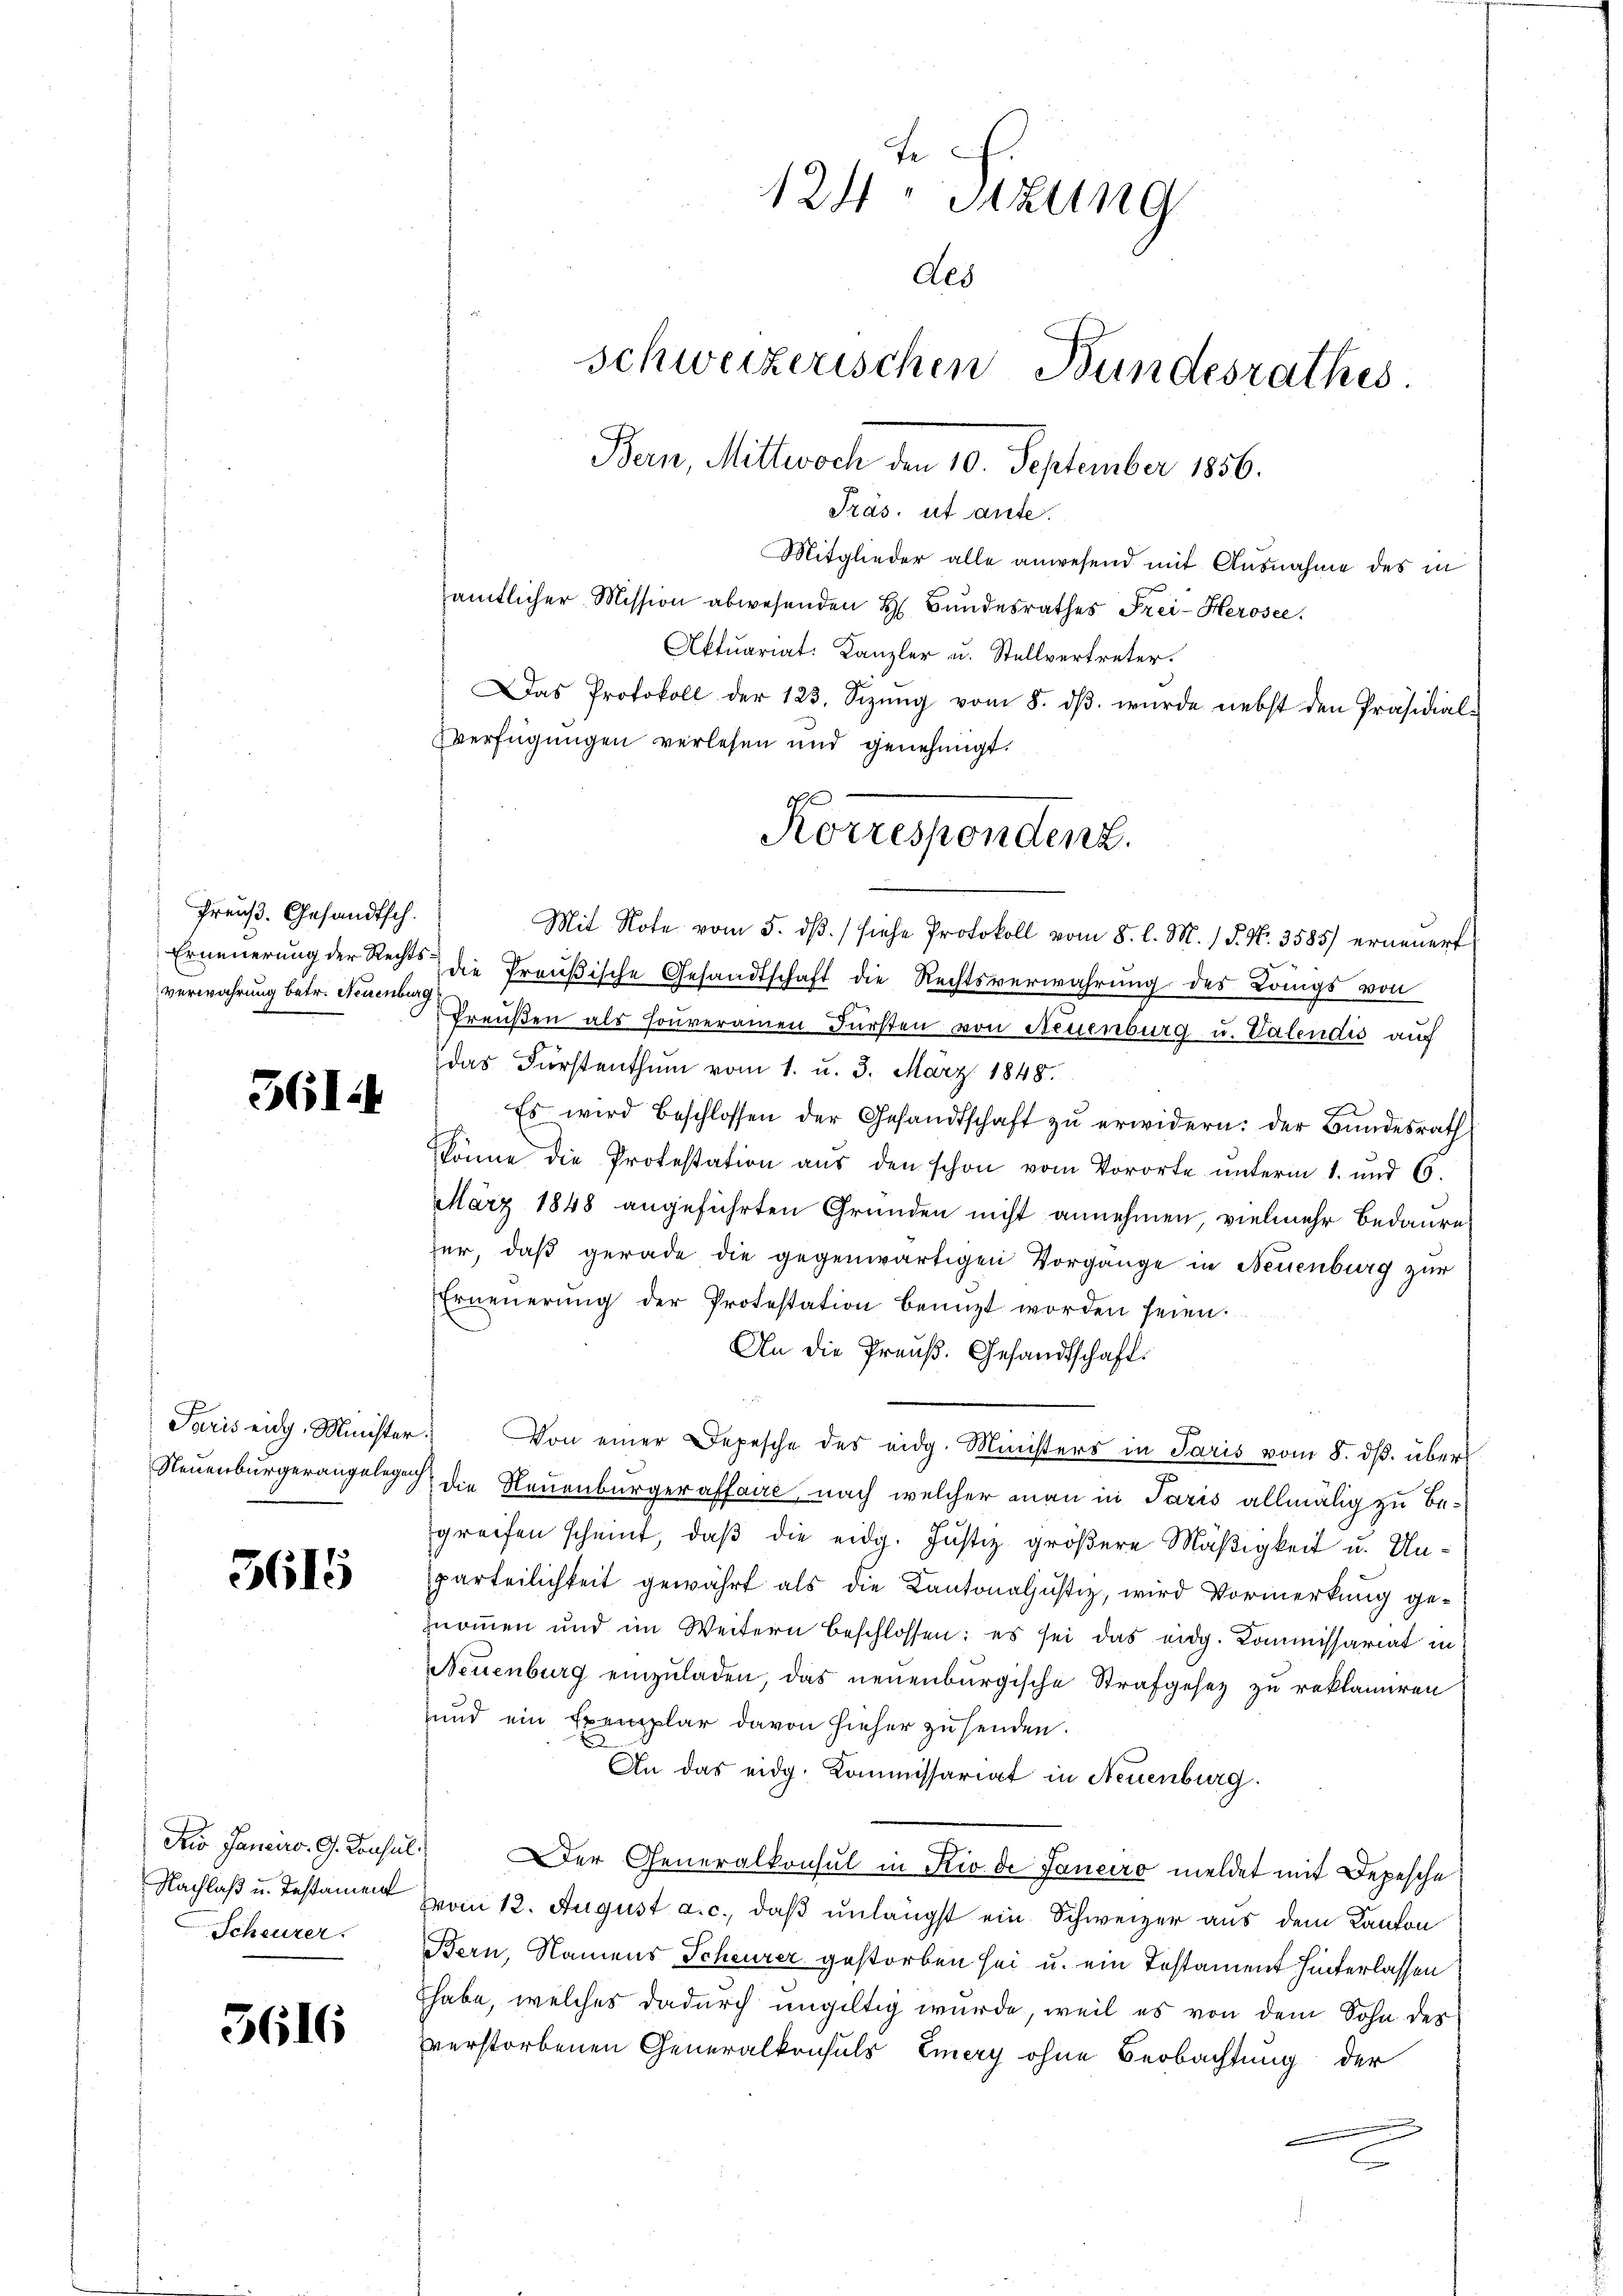
Preuß. Gesandtsch.
verwahrung betr. Neuenburg

361.

Paris eidg. Minister

3615

Dio Janeiro G. Consul

3616

124. Sitzung
des
schweizerischen Bundesrathes
Bern, Mittwoch den 10. September 1856.
Präs. ist aute.
Mitglieder alle anwesend mit Ausnahme des in
sämtlicher Mission abwesenden H. Bundesrathes Frei-Herosee.
Aktuariat: Kanzler u. Stellvertreter.
Das Protokoll der 123. Sizŭng vom 8. dβ. wurde nebst den Präsidial-
verfügungen verlesen und genehmigt.

Mit Note vom 5. dß. / siehe Protokoll vom 8. l. M. 1 S. Nr. 3585) erneuert
Erneuerung der Rechte die Preußische Gesandtschaft die Rechtsverwahrŭng des Königs von
Preußen als souveramen Fürsten von Neuenburg u. Valendis auch
das Fürstenthum vom 1. u. 3. März 1848.
Es wird beschlossen der Gesandtschaft zŭ erwidern: der Bŭndesrath
könne die Protestation aus den schon vom Vororte unterm 1. und 6.
März 1848 angeführten Gründen nicht annehmen, vielmehr Bedaures
her, daß gerade die gegenwärtigen Vorgange in Neuenburg zur
Erneŭerŭng der Protestation benützt worden seien.
An die Preuß. Gesandtschaft.
 Von einer Depesche des eidg. Ministers in Paris vom 8. ds. über
Neuenburgerangelege die Neuenburgeraffaire, nach welcher man in Paris allmälig zu be-
greifen scheint, daß die eidg. Justiz größere Mäßigkeit u. Unparteilichkeit gewährt als die Kantonaljustiz, wird Vormerkung genommen und im Weitern beschlossen: es sei das eidg. Kommissariat in
Neuenburg einzuladen, das neuenburgische Strafgesez zu reklamiren
und ein Exemplar davon hieher zu senden.
u
An das eidg. Kommissariat in Neuenburg.
er Generalkonsul in Rio de Janeiro meldet mit Depesche
Nachlaß u. Testamen vom 12. August a. c., daß unlängst ein Schweizer aus dem Kanton
Scheurer Bern, Namens Scheurer gestorben sei u. ein Testament hinterlassen
Ehabe, welches dadurch ungültig wurde, weil es von dem Sohn des
verstorbenen Generalkonsuls Emery ohne Beobachtung der
2

ch

Korrespondenz.